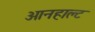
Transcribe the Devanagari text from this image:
आनहाल्ट